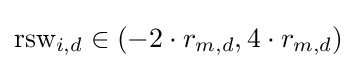
{\text{rsw}}_{i,d}\in (-2\cdot r_{m,d},4\cdot r_{m,d})